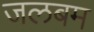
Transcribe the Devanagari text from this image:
जलबम